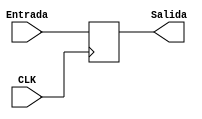
`timescale 1ns/1ns

module PC(
	input [31:0]Entrada,
	input CLK,
	
	output reg [31:0]Salida
);

initial
	begin 
		Salida = 32'd0;
	end


always @(posedge CLK)
	begin
		Salida = Entrada;
	end

endmodule